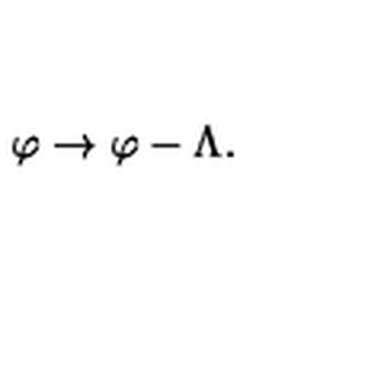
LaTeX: \varphi \rightarrow \varphi - \Lambda .